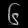
Digit: ၆